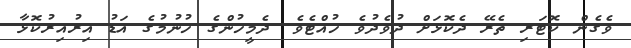
ވެގެން ކޮޓަރި ތެރޭ ދެކޮޅަށް ދުވެދުވެ ހުއްޓެވެ. ދެމީހުންގެ ހުނުމުގެ އަޑު އިރުއިރުކޮޅާ